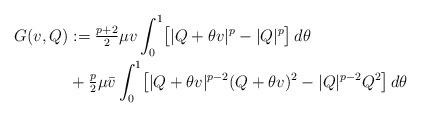
LaTeX: \begin{align*}G(v,Q)& :=\tfrac{p+2}{2}\mu v\int_0^1\bigl[|Q+\theta v|^p-|Q|^p\bigr]\,d\theta \\ &+ \tfrac{p}{2}\mu\bar v\int_0^1 \bigl[|Q+\theta v|^{p-2}(Q+\theta v)^2-|Q|^{p-2}Q^2\bigr]\,d\theta\end{align*}